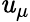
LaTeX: \mathit{u}_{\mu}